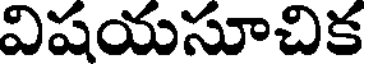
విషయసూచిక